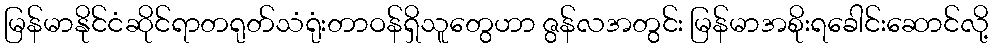
မြန်မာနိုင်ငံဆိုင်ရာတရုတ်သံရုံးတာဝန်ရှိသူတွေဟာ ဇွန်လအတွင်း မြန်မာအစိုးရခေါင်းဆောင်လို့